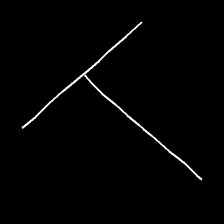
Glyph: column